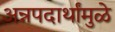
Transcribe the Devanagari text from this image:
अन्नपदार्थांमुळे